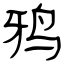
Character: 鸦